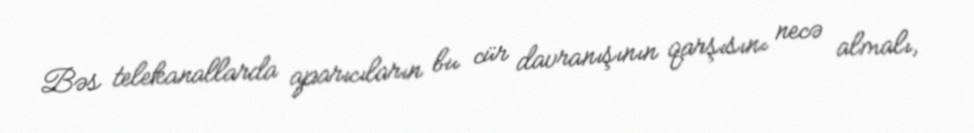
Bəs telekanallarda aparıcıların bu cür davranışının qarşısını necə almalı,